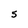
Character: 5